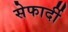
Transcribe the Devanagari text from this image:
सेफार्दी